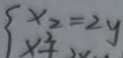
x _ { 2 } = 2 y